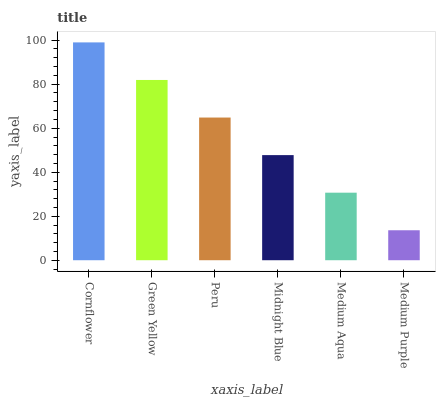
| xaxis_label | bars |
 | --- | --- |
 | Cornflower | 99 |
 | Green Yellow | 81.9 |
 | Peru | 64.8 |
 | Midnight Blue | 47.8 |
 | Medium Aqua | 30.7 |
 | Medium Purple | 13.6 |